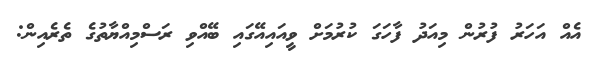
އެއް އަހަރު ފުރުން މިއަދު ފާހަގަ ކުރުމަށް ވީއައިއޭގައި ބޭއްވި ރަސްމިއްޔާތުގެ ތެރެއިން: